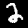
Digit: 2